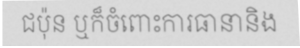
ជប៉ុន ឬក៏ចំពោះការធានានិង